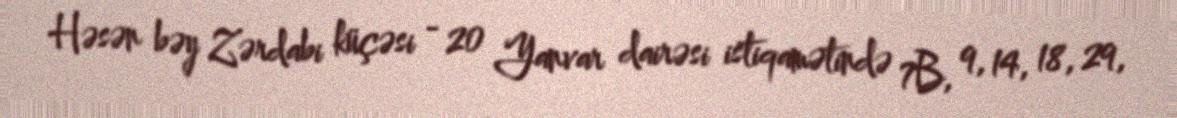
Həsən bəy Zərdabi küçəsi - 20 Yanvar dairəsi istiqamətində 7B, 9, 14, 18, 29,